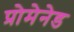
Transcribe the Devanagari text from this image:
प्रोमेनेड